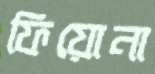
ফিয়োনা